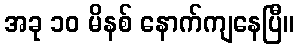
အခု ၁၀ မိနစ် နောက်ကျနေပြီ။